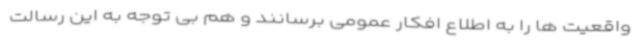
واقعیت ها را به اطلاع افکار عمومی برسانند و هم بی توجه به این رسالت